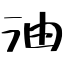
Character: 油